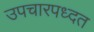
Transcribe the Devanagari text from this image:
उपचारपध्दत